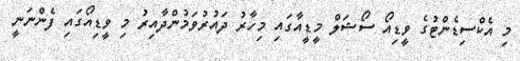
މި އެކްސިޑެންޓުގެ ވީޑިއޯ ސޯޝަލް މީޑީއާގައި މިހާރު ދައުރުވަމުންދާއިރު މި ވީޑިއޯގައި ފެންނަނީ